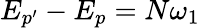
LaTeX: E_{p^{\prime}}-E_{p}=N\omega_{1}